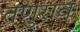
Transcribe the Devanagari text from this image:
तणुराव